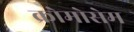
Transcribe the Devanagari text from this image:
क्रोमोसेम